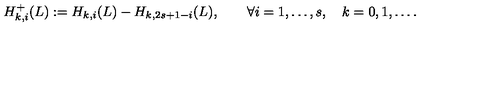
H _ { k , i } ^ { + } ( L ) : = H _ { k , i } ( L ) - H _ { k , 2 s + 1 - i } ( L ) , \qquad \forall i = 1 , \ldots , s , \quad k = 0 , 1 , \ldots .